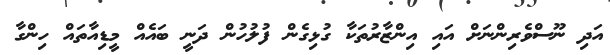
އަދި ނޫސްވެރިންނަށް އައި އިންޒާރުތަކާ ގުޅިގެން ފުލުހުން ދަނީ ބައެއް މީޑިއާތައް ހިންގާ